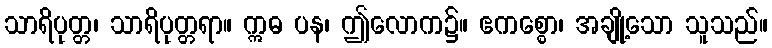
သာရိပုတ္တ၊ သာရိပုတ္တရာ။ ဣဓ ပန၊ ဤလောက၌။ ဧကစ္စော၊ အချို့သော သူသည်။